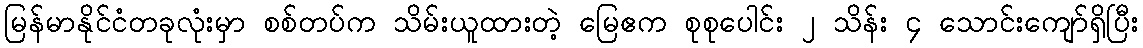
မြန်မာနိုင်ငံတခုလုံးမှာ စစ်တပ်က သိမ်းယူထားတဲ့ မြေဧက စုစုပေါင်း ၂ သိန်း ၄ သောင်းကျော်ရှိပြီး